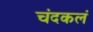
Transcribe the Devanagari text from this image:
चंदकलं